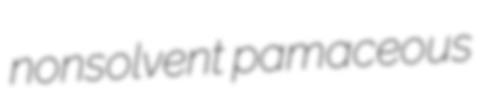
nonsolvent pamaceous